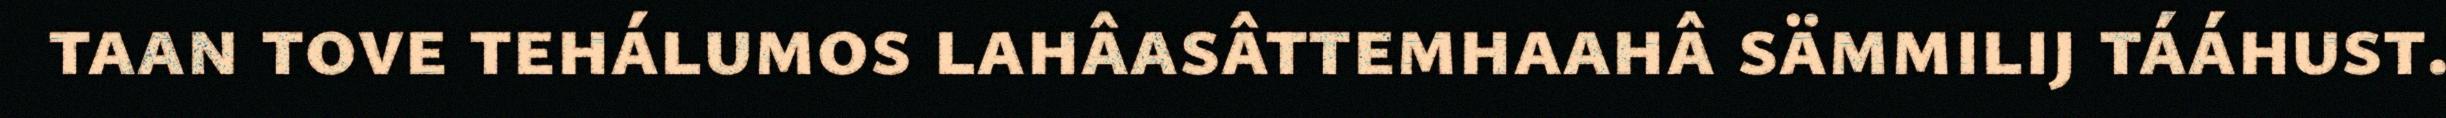
taan tove tehálumos lahâasâttemhaahâ sämmilij tááhust.